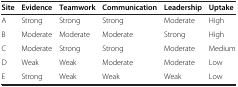
| Site | Evidence | Teamwork | Communication | Leadership | Uptake |
 | --- | --- | --- | --- | --- | --- |
 | A | Strong | Strong | Strong | Moderate | High |
 | B | Moderate | Moderate | Moderate | Strong | High |
 | C | Moderate | Strong | Strong | Moderate | Medium |
 | D | Weak | Weak | Moderate | Moderate | Low |
 | E | Strong | Weak | Weak | Weak | Low |